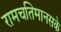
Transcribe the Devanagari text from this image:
रामचतिमानसके